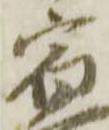
宿